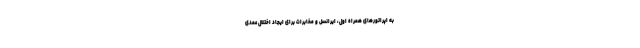
به اپراتورهای همراه اول، ایرانسل و مخابرات برای ایجاد اختلال عمدی